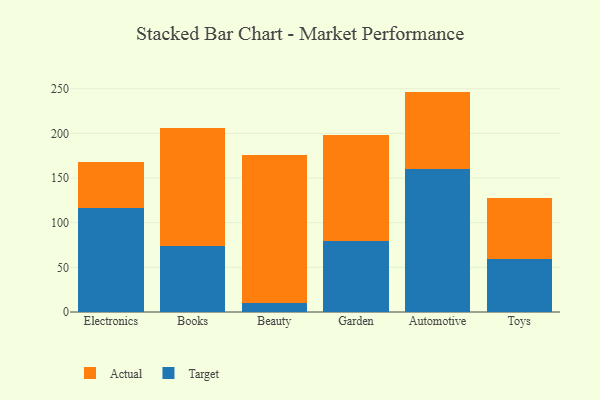
{"axis": {"x": "Category", "y": "Shipments"}, "legend": ["Actual", "Target"], "data": [{"x": "Electronics", "y": 117.0, "type": "Target"}, {"x": "Electronics", "y": 50.5, "type": "Actual"}, {"x": "Books", "y": 74.2, "type": "Target"}, {"x": "Books", "y": 132.3, "type": "Actual"}, {"x": "Beauty", "y": 10.0, "type": "Target"}, {"x": "Beauty", "y": 166.1, "type": "Actual"}, {"x": "Garden", "y": 79.4, "type": "Target"}, {"x": "Garden", "y": 118.7, "type": "Actual"}, {"x": "Automotive", "y": 159.9, "type": "Target"}, {"x": "Automotive", "y": 86.9, "type": "Actual"}, {"x": "Toys", "y": 59.9, "type": "Target"}, {"x": "Toys", "y": 67.6, "type": "Actual"}]}